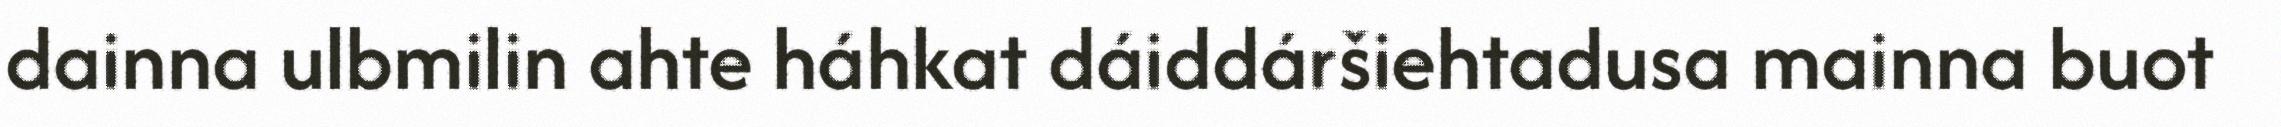
dainna ulbmilin ahte háhkat dáiddáršiehtadusa mainna buot